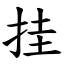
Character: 挂